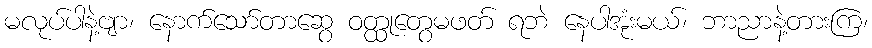
မလုပ်ပါနဲ့ဗျာ၊ နောက်သော်တာဆွေ ဝတ္ထုတွေမဖတ် ရဘဲ နေပါအုံးမယ်၊ ဘာညာနဲ့တားကြ၊